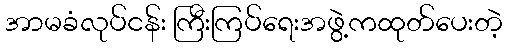
အာမခံလုပ်ငန်း ကြီးကြပ်ရေးအဖွဲ့ကထုတ်ပေးတဲ့